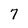
Character: 7